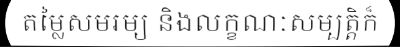
តម្លៃសមរម្យ និងលក្ខណៈសម្បត្តិក៏